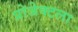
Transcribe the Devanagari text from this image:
प्रोजेक्टला